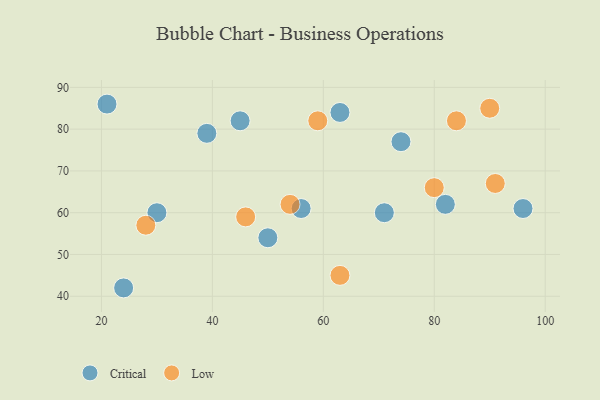
{"axis": {"x": "GDP", "y": "Life Expectancy"}, "legend": ["Critical", "Low"], "data": [{"x": "21", "y": 86, "type": "Critical"}, {"x": "45", "y": 82, "type": "Critical"}, {"x": "96", "y": 61, "type": "Critical"}, {"x": "71", "y": 60, "type": "Critical"}, {"x": "63", "y": 84, "type": "Critical"}, {"x": "39", "y": 79, "type": "Critical"}, {"x": "74", "y": 77, "type": "Critical"}, {"x": "24", "y": 42, "type": "Critical"}, {"x": "82", "y": 62, "type": "Critical"}, {"x": "50", "y": 54, "type": "Critical"}, {"x": "30", "y": 60, "type": "Critical"}, {"x": "56", "y": 61, "type": "Critical"}, {"x": "63", "y": 45, "type": "Low"}, {"x": "59", "y": 82, "type": "Low"}, {"x": "28", "y": 57, "type": "Low"}, {"x": "90", "y": 85, "type": "Low"}, {"x": "54", "y": 62, "type": "Low"}, {"x": "91", "y": 67, "type": "Low"}, {"x": "46", "y": 59, "type": "Low"}, {"x": "84", "y": 82, "type": "Low"}, {"x": "80", "y": 66, "type": "Low"}]}